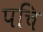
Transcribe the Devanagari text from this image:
पचि